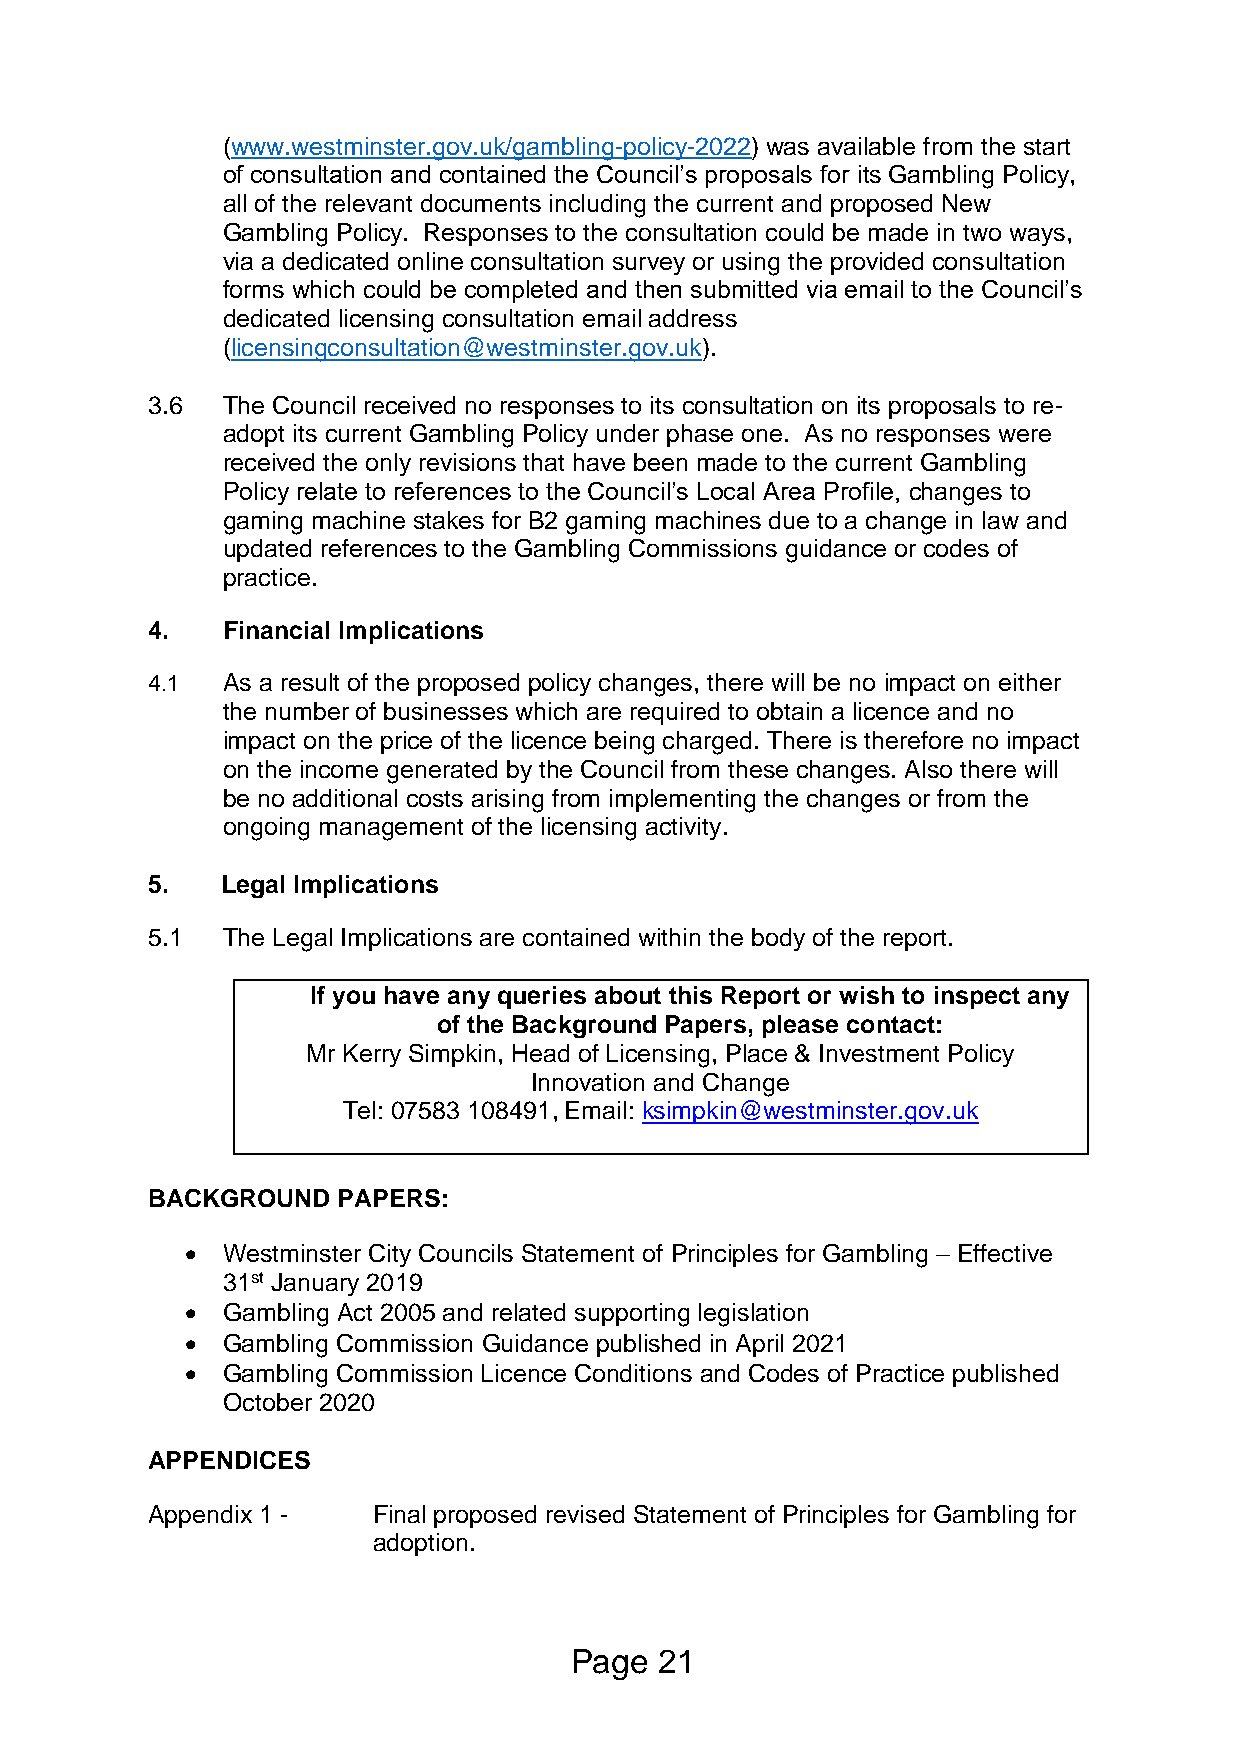
(www.westminster.gov.uk/gambling-policy-2022) was available from the start
 of consultation and contained the Council’s proposals for its Gambling Policy,
 all of the relevant documents including the current and proposed New
 Gambling Policy. Responses to the consultation could be made in two ways,
 via a dedicated online consultation survey or using the provided consultation
 forms which could be completed and then submitted via email to the Council’s
 dedicated licensing consultation email address
 (licensingconsultation@westminster.gov.uk).
 3.6  The Council received no responses to its consultation on its proposals to re-
 adopt its current Gambling Policy under phase one. As no responses were
 received the only revisions that have been made to the current Gambling
 Policy relate to references to the Council’s Local Area Profile, changes to
 gaming machine stakes for B2 gaming machines due to a change in law and
 updated references to the Gambling Commissions guidance or codes of
 practice.
 4.   Financial Implications
 4.1  As a result of the proposed policy changes, there will be no impact on either
 the number of businesses which are required to obtain a licence and no
 impact on the price of the licence being charged. There is therefore no impact
 on the income generated by the Council from these changes. Also there will
 be no additional costs arising from implementing the changes or from the
 ongoing management of the licensing activity.
 5.   Legal Implications
 5.1  The Legal Implications are contained within the body of the report.
 If you have any queries about this Report or wish to inspect any
 of the Background Papers, please contact:
 Mr Kerry Simpkin, Head of Licensing, Place & Investment Policy
 Innovation and Change
 Tel: 07583 108491, Email: ksimpkin@westminster.gov.uk
 BACKGROUND  PAPERS:
   Westminster City Councils Statement of Principles for Gambling – Effective
 31st January 2019
   Gambling Act 2005 and related supporting legislation
   Gambling Commission Guidance published in April 2021
   Gambling Commission Licence Conditions and Codes of Practice published
 October 2020
 APPENDICES
 Appendix 1 -   Final proposed revised Statement of Principles for Gambling for
 adoption.
 Page  21